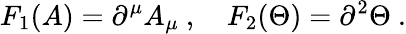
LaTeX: F_{1}(A)=\partial^{\mu}A_{\mu}~,~~~~F_{2}(\Theta)=\partial^{2}\Theta~.